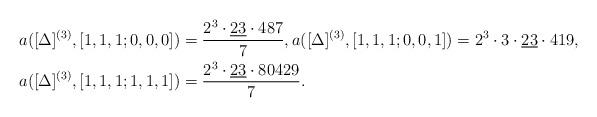
LaTeX: \begin{align*}& a([\Delta]^{(3)},[1,1,1;0,0,0])=\frac{2^3\cdot\underline{23}\cdot 487}{7},a([\Delta]^{(3)},[1,1,1;0,0,1])=2^3\cdot 3\cdot\underline{23}\cdot 419,\\& a([\Delta]^{(3)},[1,1,1;1,1,1])=\frac{2^3\cdot \underline{23}\cdot 80429}{7} . \end{align*}